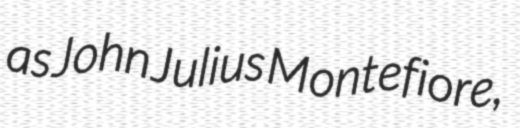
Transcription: as John Julius Montefiore,